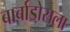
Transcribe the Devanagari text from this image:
बार्बाडोसला